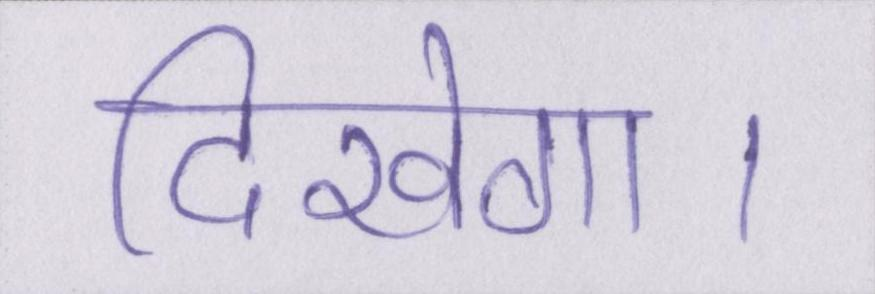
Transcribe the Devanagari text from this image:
दिखेगा।